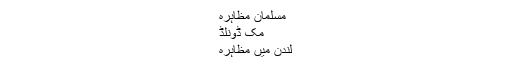
مسلمان مظاہرہ
مک ڈونلڈ
لندن میں مظاہرہ